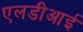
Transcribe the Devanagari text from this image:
एलडीआई